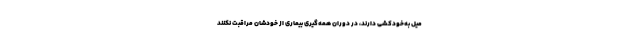
میل به‌خودکشی دارند، در دوران همه‌گیری بیماری از خودشان مراقبت نکنند